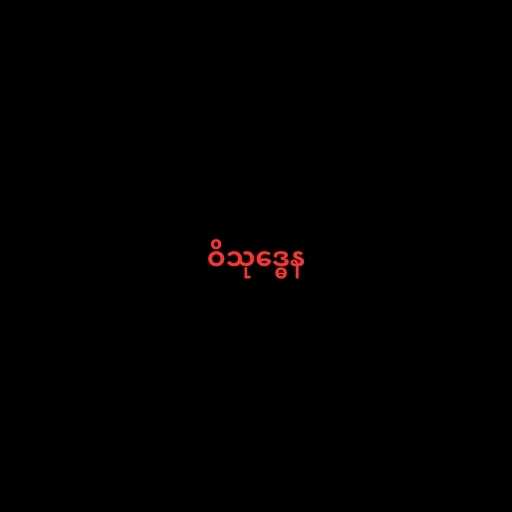
ဝိသုဒ္ဓေန